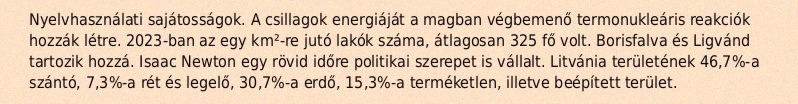
Nyelvhasználati sajátosságok. A csillagok energiáját a magban végbemenő termonukleáris reakciók hozzák létre. 2023-ban az egy km²-re jutó lakók száma, átlagosan 325 fő volt. Borisfalva és Ligvánd tartozik hozzá. Isaac Newton egy rövid időre politikai szerepet is vállalt. Litvánia területének 46,7%-a szántó, 7,3%-a rét és legelő, 30,7%-a erdő, 15,3%-a terméketlen, illetve beépített terület.